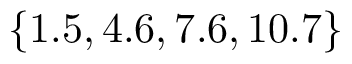
\{ 1 . 5 , 4 . 6 , 7 . 6 , 1 0 . 7 \}